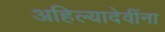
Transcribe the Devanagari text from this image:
अहिल्यादेवींना